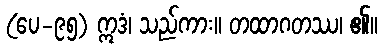
(ပေ-၉၅) ဣဒံ၊ သည်ကား။ တထာဂတဿ၊ ၏။